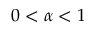
0 < \alpha < 1